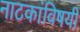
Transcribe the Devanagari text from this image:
नाटकांविषयी